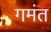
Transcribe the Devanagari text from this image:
गमंत